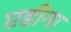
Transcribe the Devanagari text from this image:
एडीना